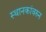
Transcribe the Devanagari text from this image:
स्थानकांवरुन